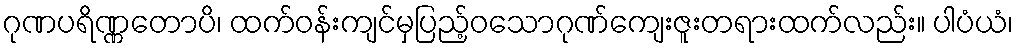
ဂုဏပရိဏ္ဏတောပိ၊ ထက်ဝန်းကျင်မှပြည့်ဝသောဂုဏ်ကျေးဇူးတရားထက်လည်း။ ပါပံယံ၊